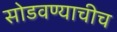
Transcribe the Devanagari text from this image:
सोडवण्याचीच